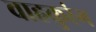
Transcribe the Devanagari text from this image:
वाहकुरंग